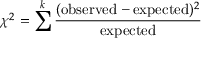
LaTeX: \chi ^ { 2 } = \sum ^ { k } { \frac { ( { \mathrm { o b s e r v e d } } - { \mathrm { e x p e c t e d } } ) ^ { 2 } } { \mathrm { e x p e c t e d } } }